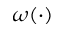
\omega ( \cdot )